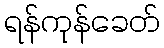
ရန်ကုန်ခေတ်